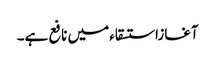
آغازاستسقاء میں نافع ہے۔